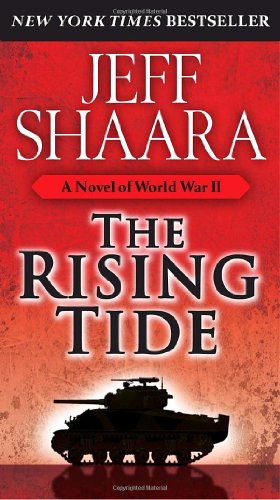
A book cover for The Rising Tide: A Novel of World War II; Jeff Shaara; Literature & Fiction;